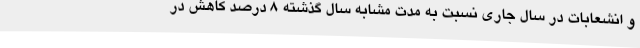
و انشعابات در سال جاری نسبت به مدت مشابه سال گذشته 8 درصد کاهش در